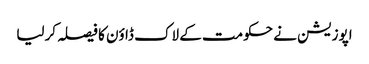
اپوزیشن نے حکومت کے لاک ڈاؤن کا فیصلہ کرلیا